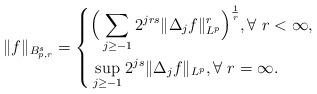
LaTeX: \begin{align*} \|f\|_{B_{p,r}^{s}}=\left\{\aligned&\Big(\sum_{j\geq-1}2^{jrs}\|\Delta_{j}f\|_{L^{p}}^{r}\Big)^{\frac{1}{r}}, \forall \ r<\infty,\\&\sup_{j\geq-1}2^{js}\|\Delta_{j}f\|_{L^{p}}, \forall \ r=\infty.\\\endaligned\right.\end{align*}